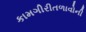
કામગીરીતળાવોની